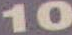
10